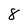
Character: 8